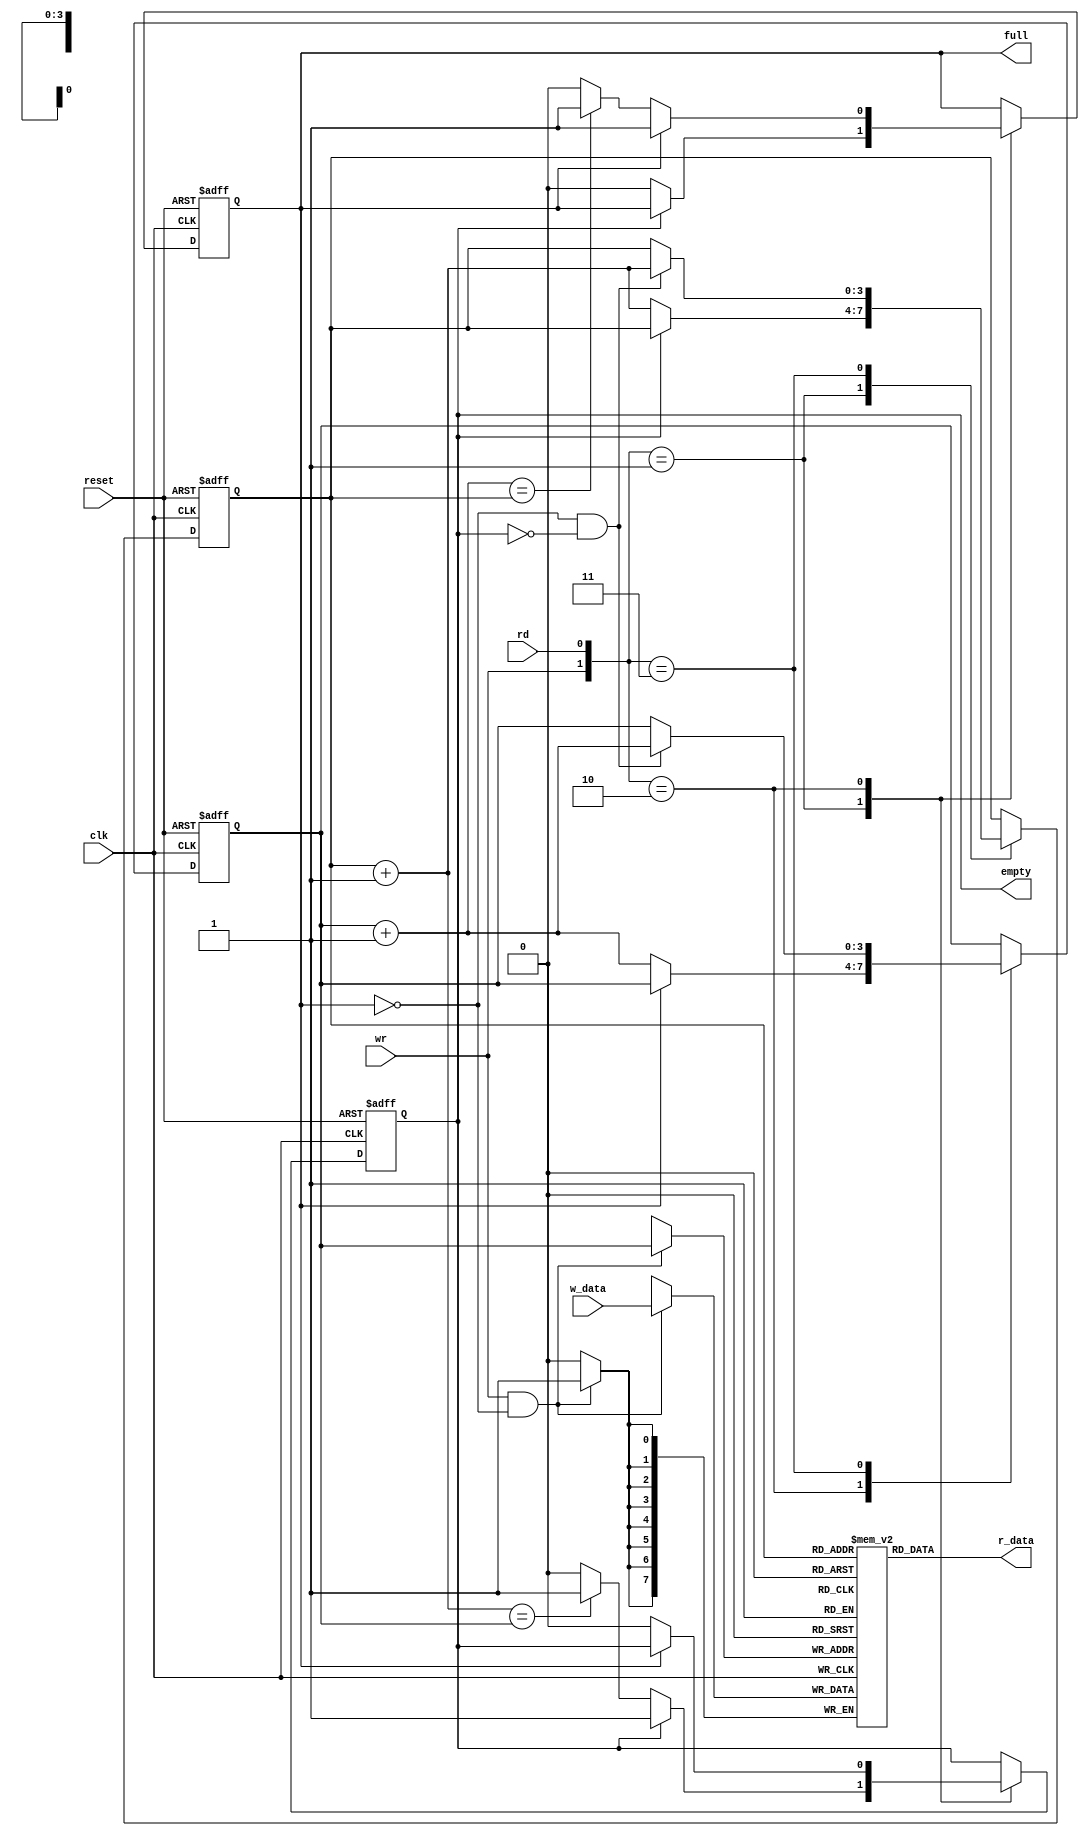
module fifo
#(  // params
    parameter B = 8, // number of bits in a word
              W = 4  // number of address bits
 )
(   // IO ports
    input wire clk, reset,
    input wire rd, wr,
    input wire [B-1:0] w_data,
    output wire empty, full,
    output wire [B-1:0] r_data
);

// internal signal declaration
reg [B-1 : 0] array_reg [2**W - 1]; // register array
reg [W-1 : 0] w_ptr_reg, w_ptr_next, w_ptr_succ;
reg [W-1 : 0] r_ptr_reg, r_ptr_next, r_ptr_succ;
reg full_reg, empty_reg, full_next, empty_next;
wire wr_en;

// body
// write is enabled only when FIFO is not full
assign wr_en = wr & ~full_reg;

// register file write operation
always @(posedge clk) 
    begin
    if(wr_en)
        array_reg[w_ptr_reg] <= w_data;     
    end

// register file read operation
assign r_data = array_reg[r_ptr_reg];

// FIFO control logic
always @(posedge clk, posedge reset)
    begin
        if(reset)
            begin
                w_ptr_reg <= 0;
                r_ptr_reg <= 0;
                full_reg <= 1'b0;
                empty_reg <= 1'b1;
            end
        else
            begin
                w_ptr_reg <= w_ptr_next;
                r_ptr_reg <= r_ptr_next;
                full_reg <= full_next;
                empty_reg <= empty_next;
            end
    end

// next state logic for read and write pointers
always @* 
    begin
        w_ptr_succ = w_ptr_reg + 1;
        r_ptr_succ = r_ptr_reg + 1;

        // default: keep old values
        w_ptr_next = w_ptr_reg;
        r_ptr_next = r_ptr_reg;
        full_next = full_reg;
        empty_next = empty_reg;

        case ({wr, rd})
            // 2'b00: no op (no write/read)
            
            // 2'b01: read
            2'b01: 
                if(~empty_reg) // not empty
                    begin
                        r_ptr_next = r_ptr_succ;
                        full_next = 1'b0;
                        if(r_ptr_succ == w_ptr_reg)
                            empty_next = 1'b1; 
                    end
            
            // 2'b10: write
            2'b10:
                if(~full_reg) // not full
                    begin
                        w_ptr_next = w_ptr_succ;
                        empty_next = 1'b0;
                        if(w_ptr_succ == r_ptr_reg)
                            full_next = 1'b1;
                    end

            // 2'b11: write and read
            2'b11:
                if(~full_reg & ~empty_reg) // neither empty nor full
                    begin
                        w_ptr_next = w_ptr_succ;
                        r_ptr_next = r_ptr_succ; 
                    end
        endcase 
    end

// status output
assign full = full_reg;
assign empty = empty_reg;

endmodule